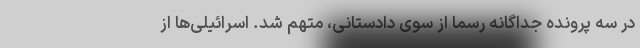
در سه پرونده جداگانه رسما از سوی دادستانی، متهم شد. اسرائیلی‌ها از